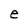
Character: e